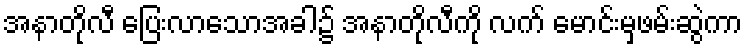
အနာတိုလီ ပြေးလာသောအခါ၌ အနာတိုလီကို လက် မောင်းမှဖမ်းဆွဲကာ